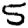
Digit: 5